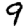
Digit: 9